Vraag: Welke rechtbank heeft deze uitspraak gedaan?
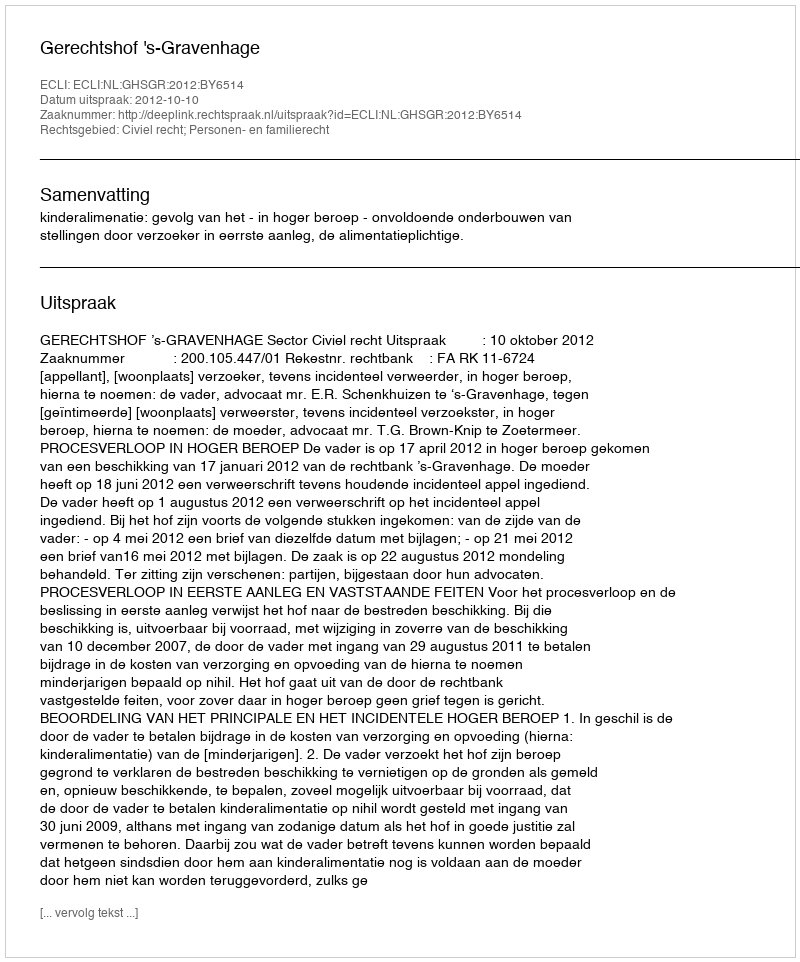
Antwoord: Gerechtshof 's-Gravenhage